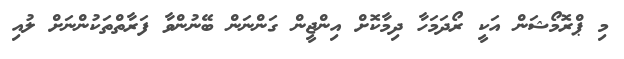
މި ޕްރޮމޯޝަން އަކީ ރޯދަމަހާ ދިމާކޮށް އިންޖީން ގަންނަން ބޭނުންވާ ފަރާތްތަކުންނަށް ލުއި